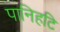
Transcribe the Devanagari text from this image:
पानिहटि